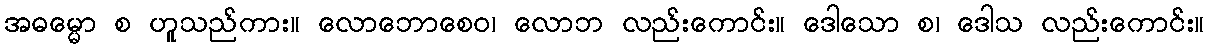
အဓမ္မော စ ဟူသည်ကား။ လောဘောစေဝ၊ လောဘ လည်းကောင်း။ ဒေါသော စ၊ ဒေါသ လည်းကောင်း။